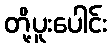
တို့ပူးပေါင်း